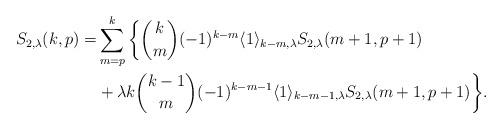
LaTeX: \begin{align*}S_{2,\lambda}(k,p)=&\sum_{m=p}^{k}\bigg\{\binom{k}{m}(-1)^{k-m}\langle 1\rangle_{k-m,\lambda}S_{2,\lambda}(m+1,p+1)\\&+\lambda k\binom{k-1}{m}(-1)^{k-m-1}\langle 1\rangle_{k-m-1,\lambda}S_{2,\lambda}(m+1,p+1)\bigg\}.\end{align*}